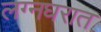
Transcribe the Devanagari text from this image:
लग्नघरात